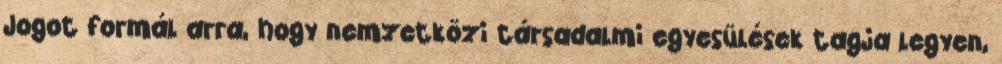
Jogot formál arra, hogy nemzetközi társadalmi egyesülések tagja legyen,